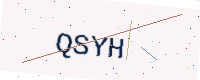
Text: QSYH